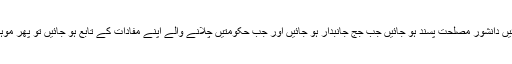
چچ نامہ میں یہ بھی درج نہ ہو سکا کہ جب لوگ متعصب ہو جائیں دانشور مصلحت پسند ہو جائیں جب جج جانبدار ہو جائیں اور جب حکومتیں چلانے والے اپنے مفادات کے تابع ہو جائیں تو پھر موہنجو ڈارو زندہ نہیں رہتے پھر وہاں کی آبادیاں غائب ہو جاتی ہیں۔